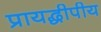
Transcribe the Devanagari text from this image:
प्रायद्धीपीय